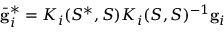
\bar { \mathbf { g } } _ { i } ^ { * } = K _ { i } ( S ^ { * } , S ) K _ { i } ( S , S ) ^ { - 1 } \mathbf { g } _ { i }